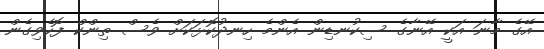
އޭގެ މާނަ އަކީ އޭނާގެ ސިކުނޑިން އެންމެ ހިނދުކޮޅަކަށް ވެސް ތިންކް ފޮހެވިގެން